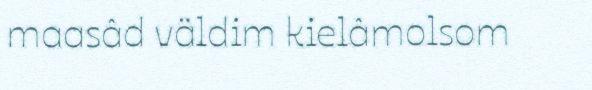
maasâd väldim kielâmolsom